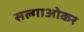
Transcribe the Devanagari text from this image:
सल्गाओकर